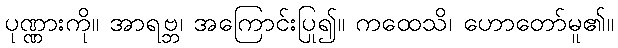
ပုဏ္ဏားကို။ အာရဗ္ဘ၊ အကြောင်းပြု၍။ ကထေသိ၊ ဟောတော်မူ၏။